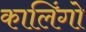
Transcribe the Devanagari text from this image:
कालिंगो